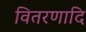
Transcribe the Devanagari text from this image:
वितरणादि